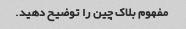
مفهوم بلاک چین را توضیح دهید.